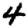
Digit: 4